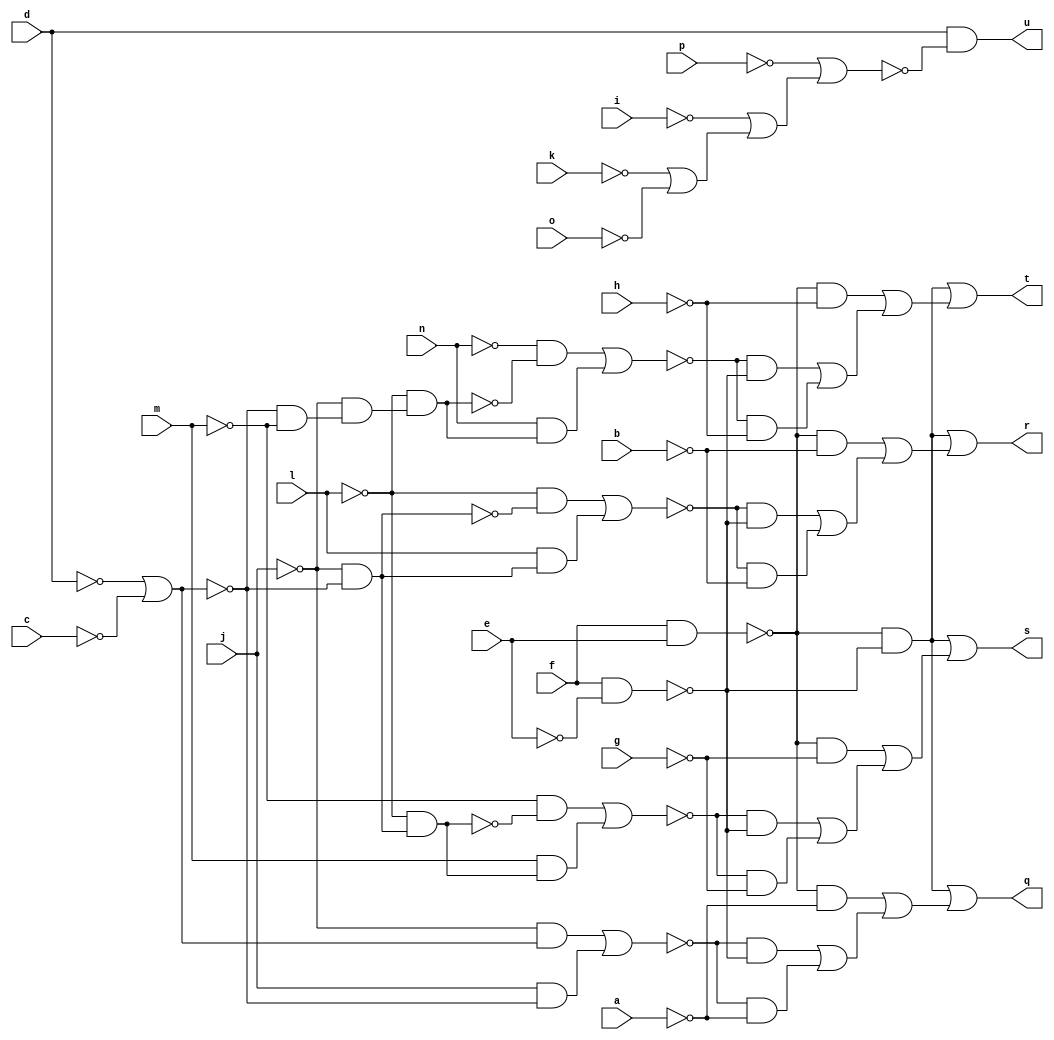
// IWLS benchmark module "CM163" printed on Wed May 29 16:07:20 2002
module CM163(a, b, c, d, e, f, g, h, i, j, k, l, m, n, o, p, q, r, s, t, u);
input
  a,
  b,
  c,
  d,
  e,
  f,
  g,
  h,
  i,
  j,
  k,
  l,
  m,
  n,
  o,
  p;
output
  q,
  r,
  s,
  t,
  u;
wire
  o0,
  p0,
  q0,
  r0,
  g0,
  h0,
  \[0] ,
  i0,
  \[1] ,
  j0,
  \[2] ,
  \[3] ,
  l0,
  \[4] ,
  m0,
  n0;
assign
  o0 = (~n & ~r0) | (n & r0),
  p0 = ~p | (~i | (~k | ~o)),
  q0 = ~l & (~j & ~l0),
  r0 = ~l & (~j & (~l0 & ~m)),
  g0 = f & ~e,
  h0 = f & e,
  \[0]  = (~h0 & ~g0) | ((~h0 & ~a) | ((~i0 & ~g0) | (~i0 & ~a))),
  i0 = (~j & l0) | (j & ~l0),
  \[1]  = (~h0 & ~g0) | ((~h0 & ~b) | ((~j0 & ~g0) | (~j0 & ~b))),
  q = \[0] ,
  r = \[1] ,
  s = \[2] ,
  j0 = (~l & ~m0) | (l & m0),
  t = \[3] ,
  \[2]  = (~h0 & ~g0) | ((~h0 & ~g) | ((~n0 & ~g0) | (~n0 & ~g))),
  u = \[4] ,
  \[3]  = (~h0 & ~g0) | ((~h0 & ~h) | ((~o0 & ~g0) | (~o0 & ~h))),
  l0 = ~d | ~c,
  \[4]  = d & ~p0,
  m0 = ~l0 & ~j,
  n0 = (~m & ~q0) | (m & q0);
endmodule